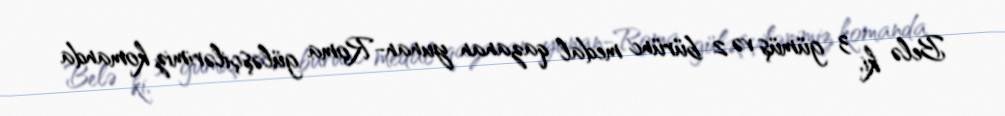
Belə ki, 3 gümüş və 2 bürünc medal qazanan yunan-Roma güləşçilərimiz komanda